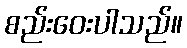
စည်းဝေးပါသည်။